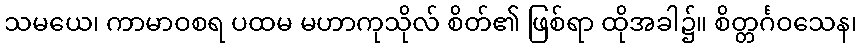
သမယေ၊ ကာမာဝစရ ပထမ မဟာကုသိုလ် စိတ်၏ ဖြစ်ရာ ထိုအခါ၌။ စိတ္တင်္ဂဝသေန၊